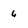
Character: 6